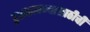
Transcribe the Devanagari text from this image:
हुसकावण्यासाठीची